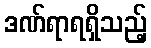
ဒဏ်ရာရရှိသည့်